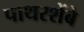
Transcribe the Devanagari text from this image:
पाथरशेंबे